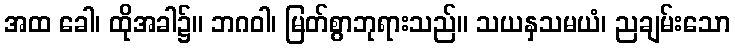
အထ ခေါ၊ ထိုအခါ၌။ ဘဂဝါ၊ မြတ်စွာဘုရားသည်။ သယနှသမယံ၊ ညချမ်းသော